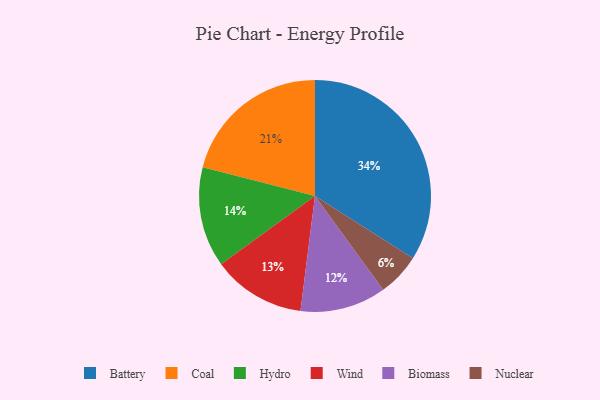
{"axis": {"x": "Category", "y": "Percentage"}, "legend": ["Battery", "Biomass", "Coal", "Hydro", "Nuclear", "Wind"], "data": [{"x": "Nuclear", "y": 6, "type": "Nuclear"}, {"x": "Battery", "y": 34, "type": "Battery"}, {"x": "Biomass", "y": 12, "type": "Biomass"}, {"x": "Hydro", "y": 14, "type": "Hydro"}, {"x": "Coal", "y": 21, "type": "Coal"}, {"x": "Wind", "y": 13, "type": "Wind"}]}